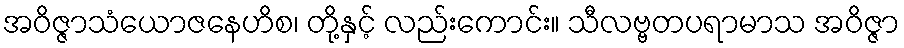
အဝိဇ္ဇာသံယောဇနေဟိစ၊ တို့နှင့် လည်းကောင်း။ သီလဗ္ဗတပရာမာသ အဝိဇ္ဇာ